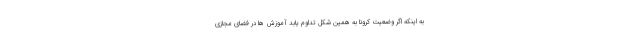
به اینکه اگر وضعیت کرونا به همین شکل تداوم یابد آموزش ها در فضای مجازی